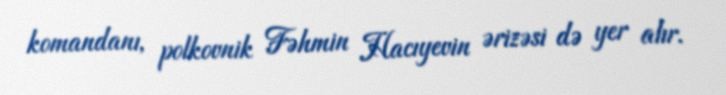
komandanı, polkovnik Fəhmin Hacıyevin ərizəsi də yer alır.